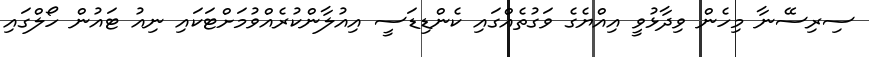
ސިރިސޭނާ މިހެން ވިދާޅުވީ އިއްޔެގެ ވަގުތެއްގައި ކެންޑިޑަސީ އިއުލާންކުރެއްވުމަށްޓަކައި ނިއު ޓައުން ހޯލްގައި